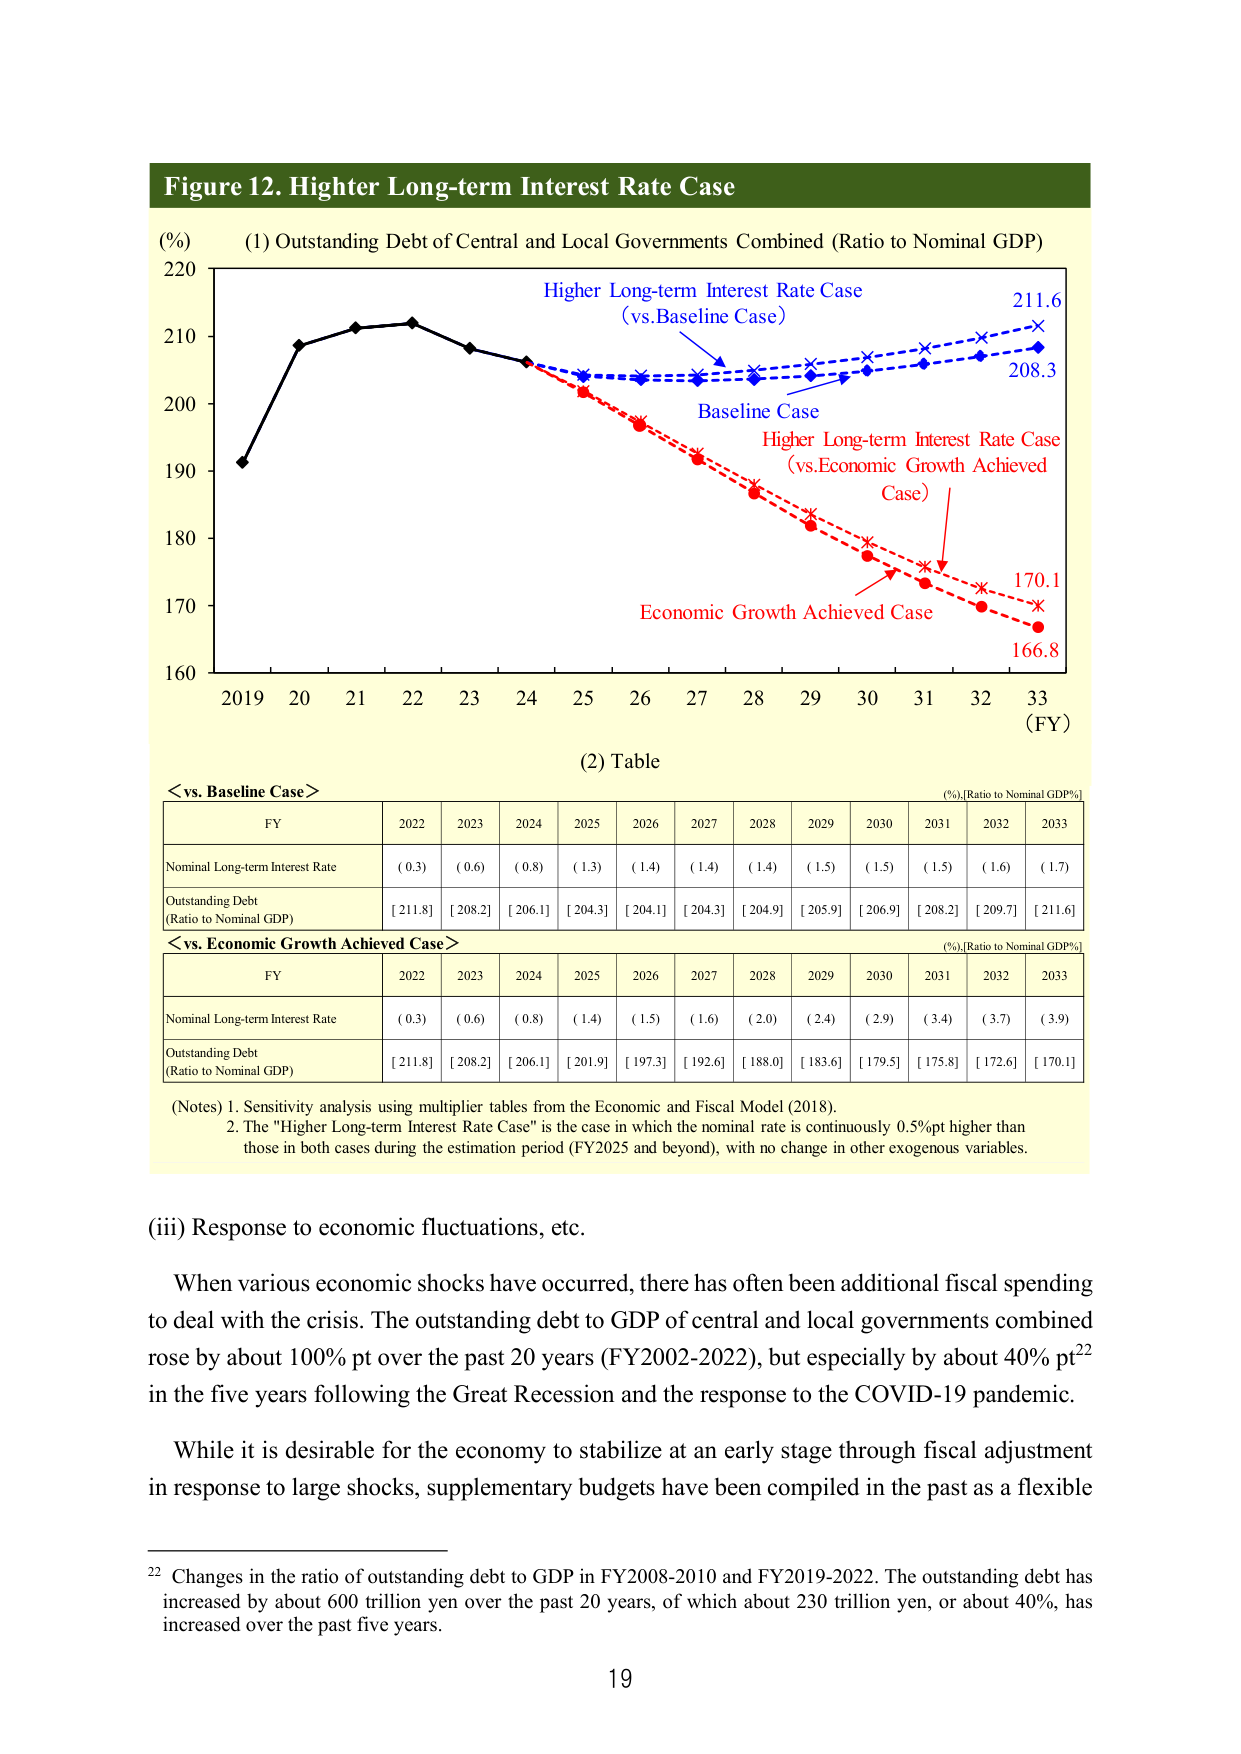
Figure 12. Higher Long-term Interest Rate Case

(%) (1) Outstanding Debt of Central and Local Governments Combined (Ratio to Nominal GDP)

220
210
200
190
180
170
160

Higher Long-term Interest Rate Case
(vs.Baseline Case)

Baseline Case

Higher Long-term Interest Rate Case
(vs.Economic Growth Achieved Case)

Economic Growth Achieved Case

211.6
208.3
170.1
166.8

2019 20 21 22 23 24 25 26 27 28 29 30 31 32 33
(FY)

(2) Table

<vs. Baseline Case>

FY 2022 2023 2024 2025 2026 2027 2028 2029 2030 2031 2032 2033
Nominal Long-term Interest Rate (0.3) (0.6) (0.8) (1.3) (1.4) (1.4) (1.4) (1.5) (1.5) (1.5) (1.6) (1.7)
Outstanding Debt
(Ratio to Nominal GDP) [211.8] [208.2] [206.1] [204.3] [204.1] [204.3] [204.9] [205.9] [206.9] [208.2] [209.7] [211.6]

<vs. Economic Growth Achieved Case>

FY 2022 2023 2024 2025 2026 2027 2028 2029 2030 2031 2032 2033
Nominal Long-term Interest Rate (0.3) (0.6) (0.8) (1.4) (1.5) (1.6) (2.0) (2.4) (2.9) (3.4) (3.7) (3.9)
Outstanding Debt
(Ratio to Nominal GDP) [211.8] [208.2] [206.1] [201.9] [197.3] [192.6] [188.0] [183.6] [179.5] [175.8] [172.6] [170.1]

(Notes) 1. Sensitivity analysis using multiplier tables from the Economic and Fiscal Model (2018).
2. The "Higher Long-term Interest Rate Case" is the case in which the nominal rate is continuously 0.5%pt higher than those in both cases during the estimation period (FY2025 and beyond), with no change in other exogenous variables.

(iii) Response to economic fluctuations, etc.

When various economic shocks have occurred, there has often been additional fiscal spending to deal with the crisis. The outstanding debt to GDP of central and local governments combined rose by about 100% pt over the past 20 years (FY2002-2022), but especially by about 40% pt²² in the five years following the Great Recession and the response to the COVID-19 pandemic.

While it is desirable for the economy to stabilize at an early stage through fiscal adjustment in response to large shocks, supplementary budgets have been compiled in the past as a flexible

²² Changes in the ratio of outstanding debt to GDP in FY2008-2010 and FY2019-2022. The outstanding debt has increased by about 600 trillion yen over the past 20 years, of which about 230 trillion yen, or about 40%, has increased over the past five years.

19